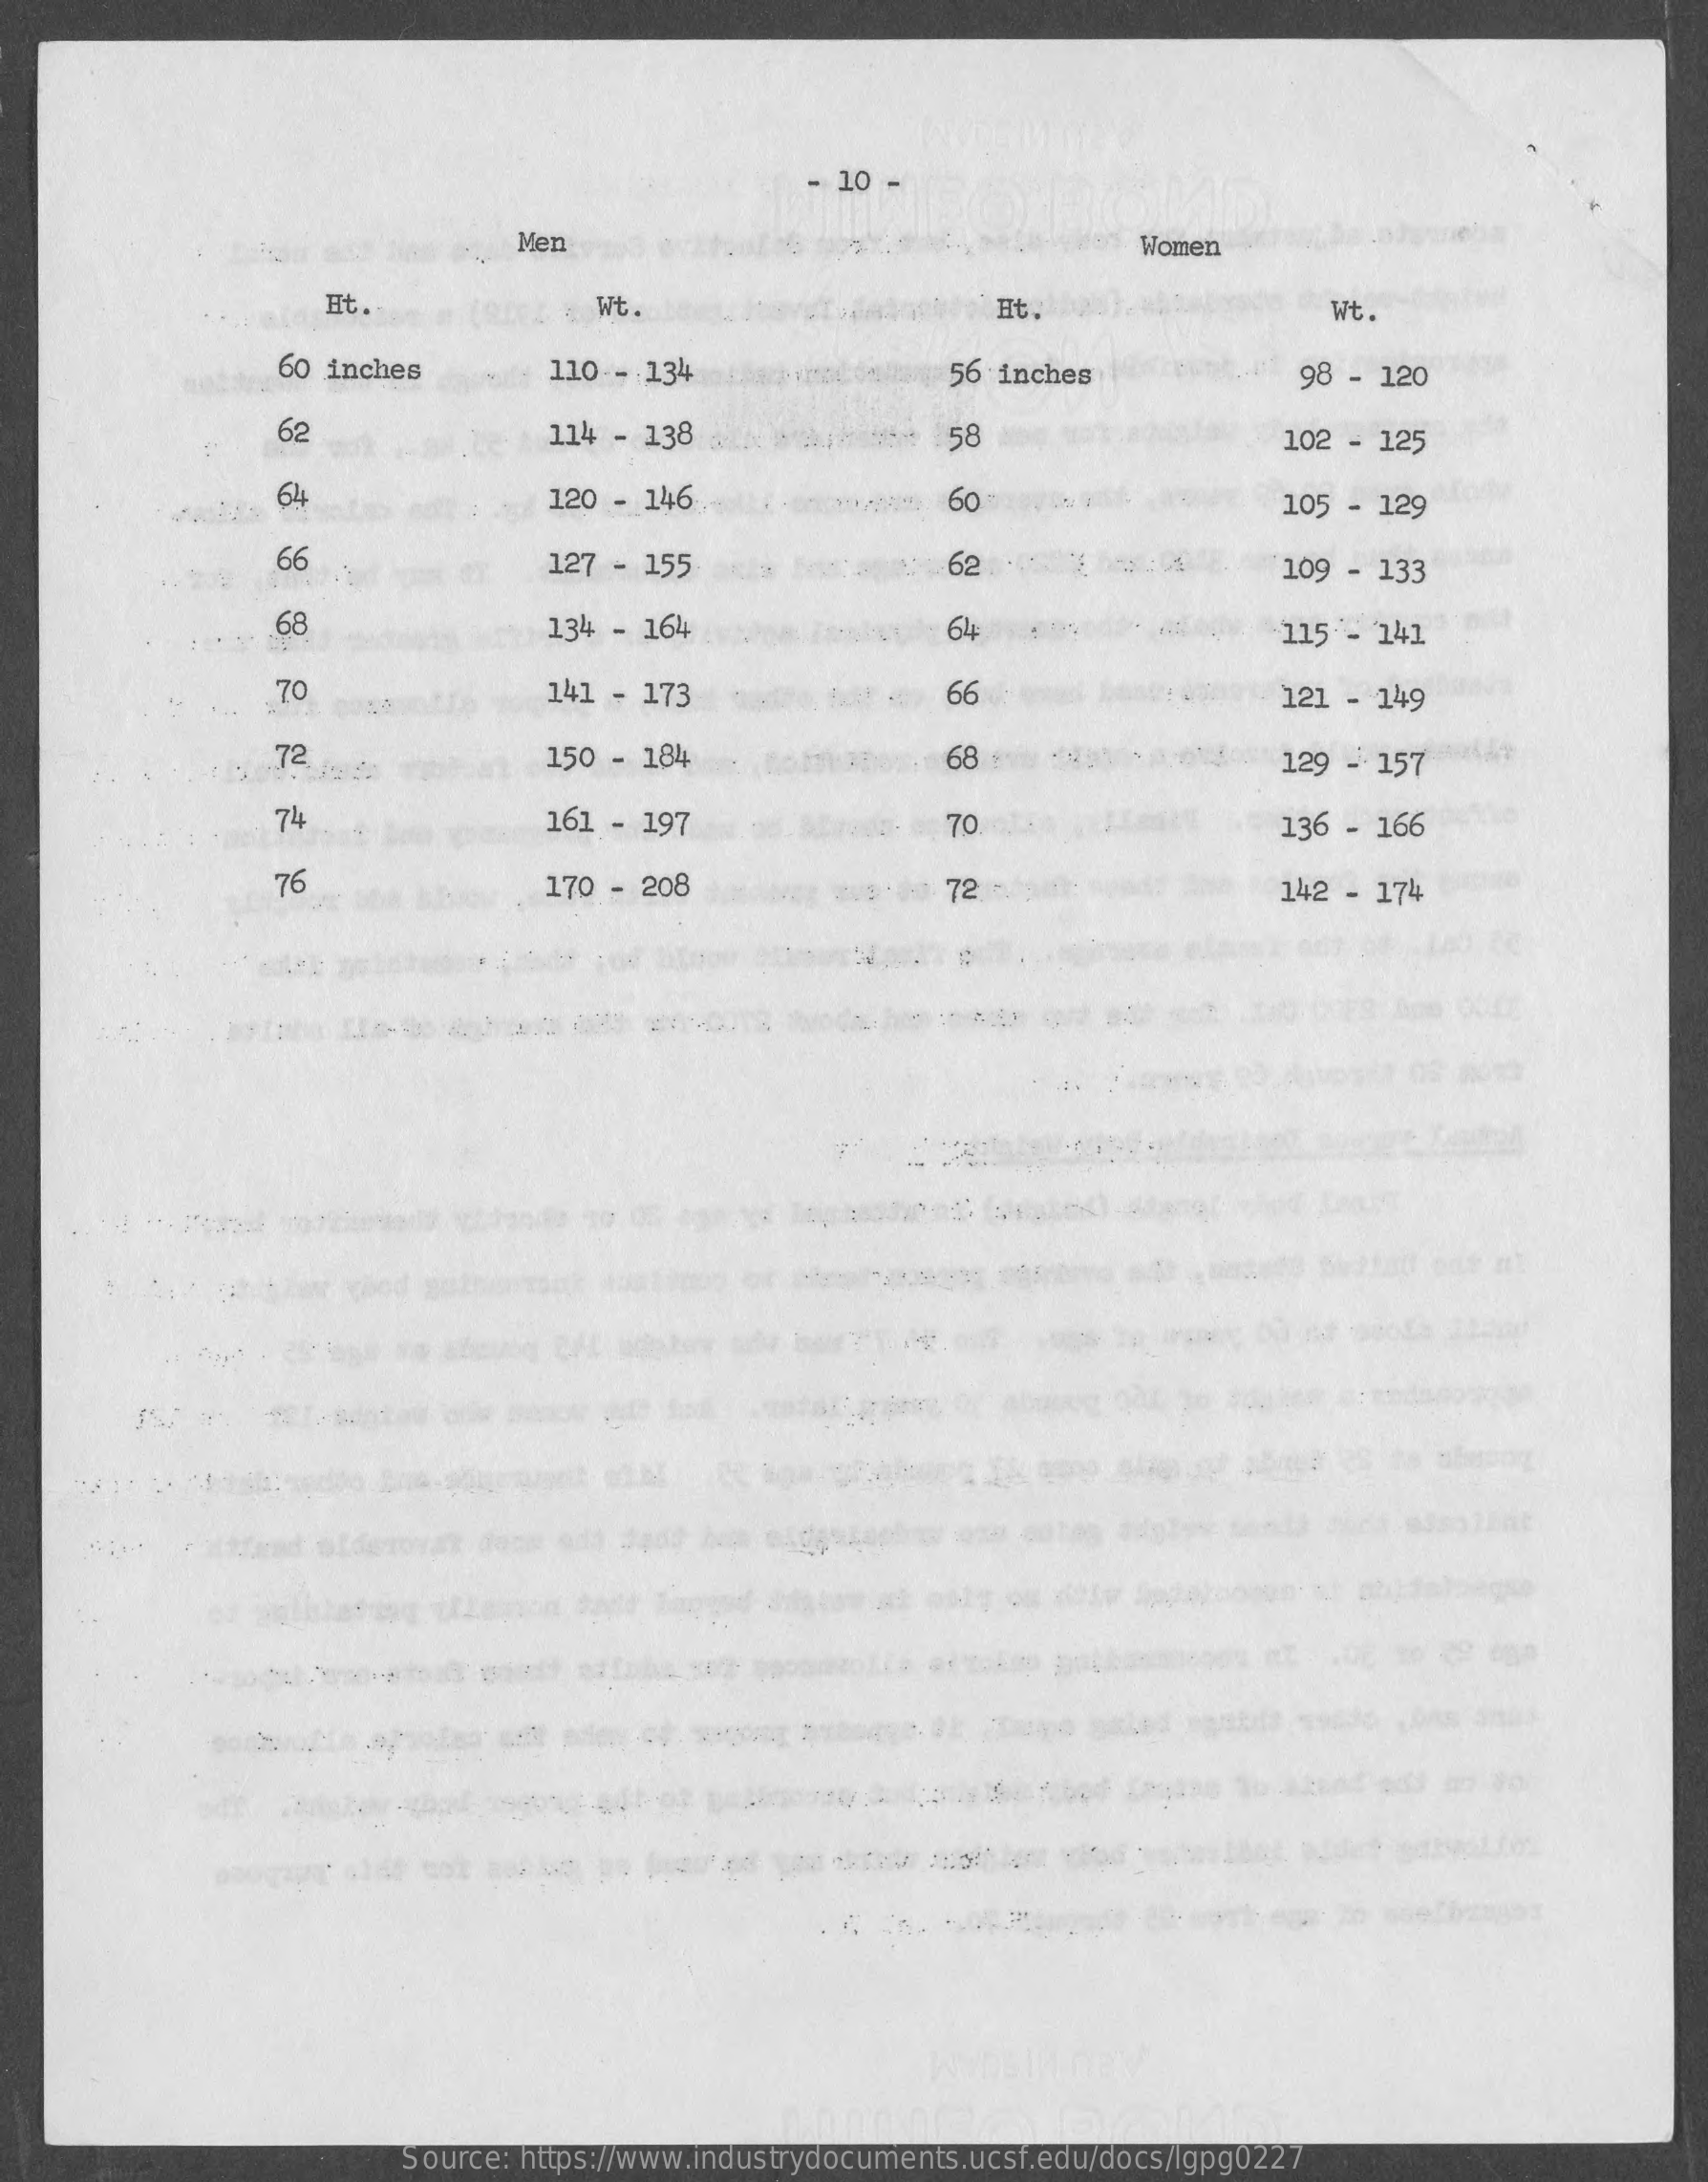
- 10 -
     Men    Women
     Ht.    Wt.    Ht.    Wt.
     60 inches    110 -- 134    56 inches    98 - 120
     62    114 - 138    58    102 - 125
     64    120 - 146    60    105 - 129
     66    127 - 155    : . 62    109 - 133
     68    134 - 164    64    115 - 141
     70    141 - 173    66    121 - 149
     72    150 - 184    68    129 - 157
     74    161 - 197    70    136 - 166
     76    170 - 208    72    142 - 174
     Source: https://www.industrydocuments.ucsf.edu/docs/lgpg0227